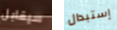
سيقابل إستبدال